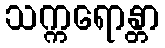
သက္ကရောန္တာ